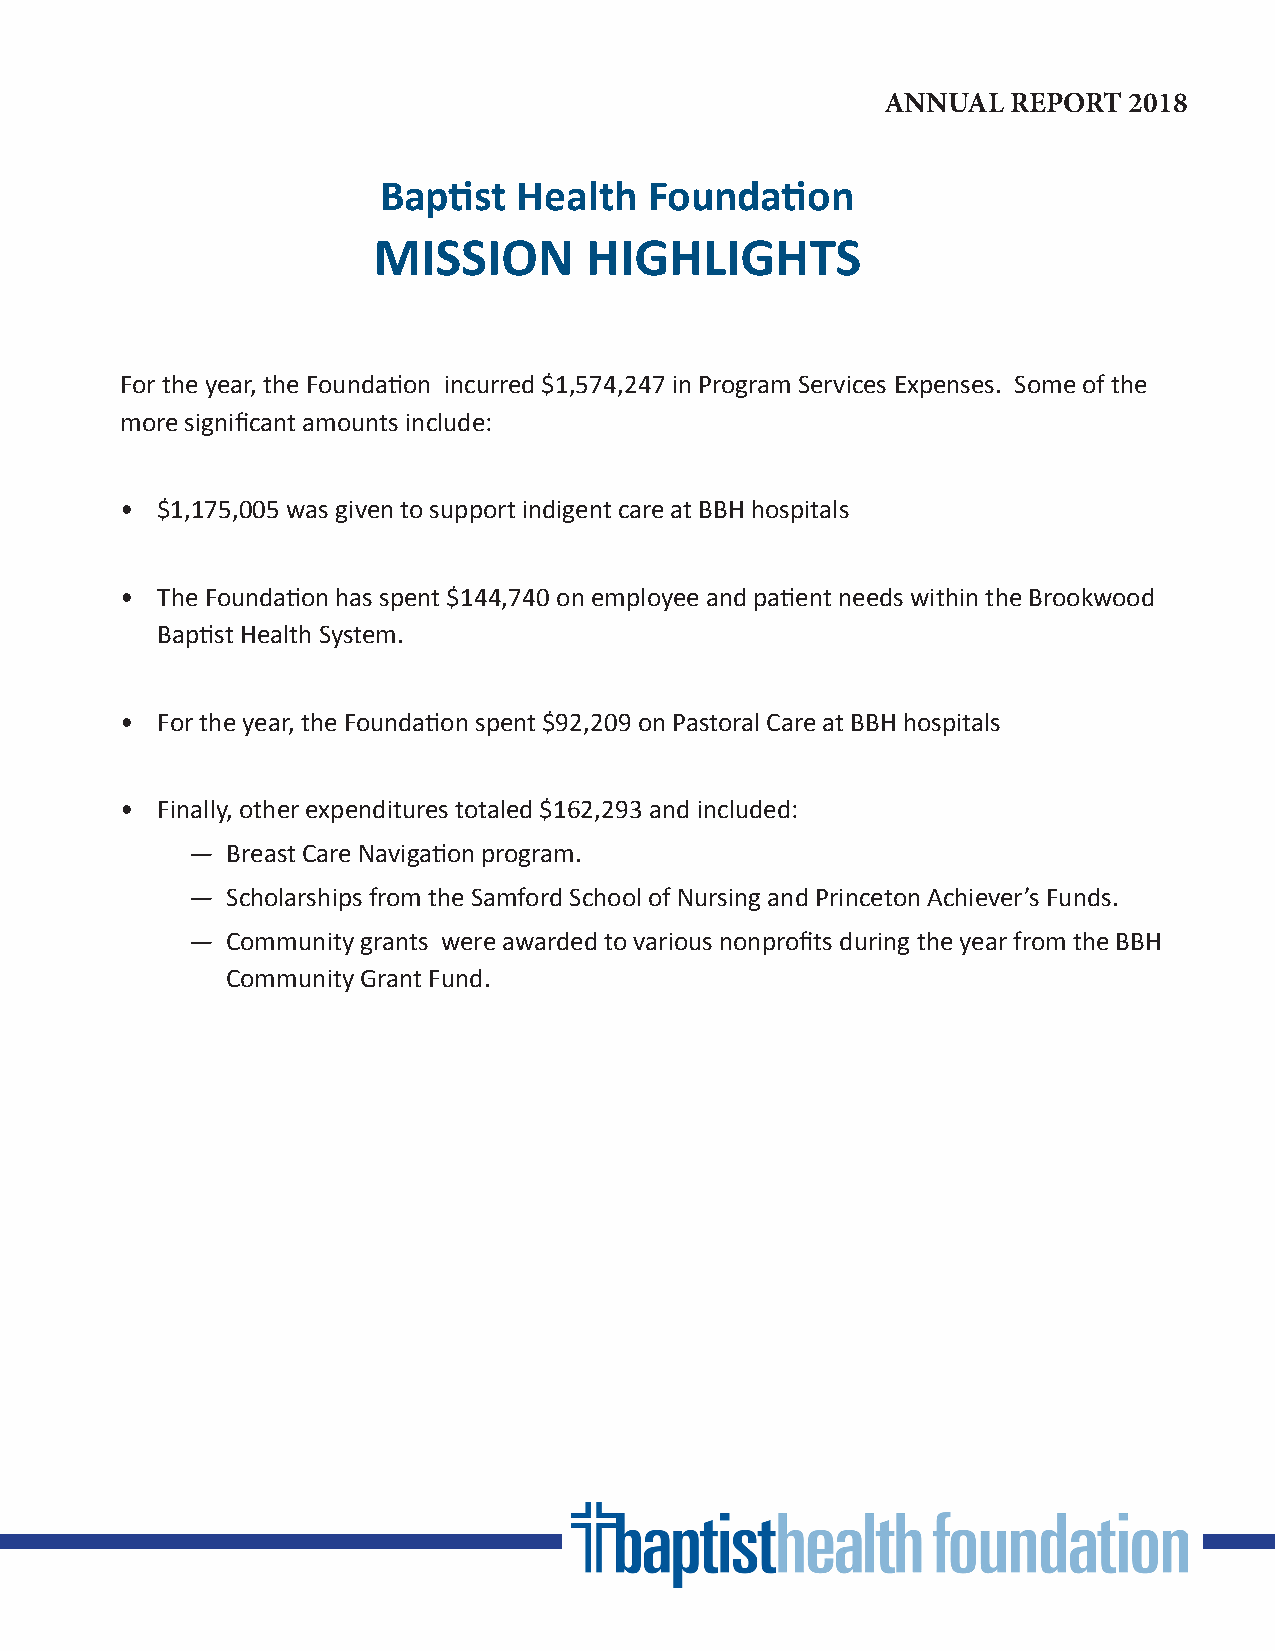
ANNUAL  REPORT  2018
 Baptist  Health   Foundation
 MISSION       HIGHLIGHTS
 For the year, the Foundation incurred $1,574,247 in Program Services Expenses. Some of the
 more significant amounts include:
 • $1,175,005 was given to support indigent care at BBH hospitals
 • The Foundation has spent $144,740 on employee and patient needs within the Brookwood
 Baptist Health System.
 • For the year, the Foundation spent $92,209 on Pastoral Care at BBH hospitals
 $100,000   and  above
 •
 • Finally, other expenditures totaled $162,293 and included:
 —  Breast Care Navigation program.
 —  Scholarships from the Samford School of Nursing and Princeton Achiever’s Funds.
 —  Community grants were awarded to various nonprofits during the year from the BBH
 Community Grant Fund.